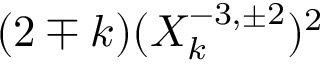
( 2 \mp k ) ( X _ { k } ^ { - 3 , \pm 2 } ) ^ { 2 }